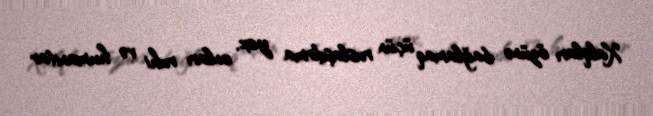
Xalqları özünə bağlamaq üçün ruslaşdırma yox, onları ruhi və humanitar